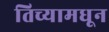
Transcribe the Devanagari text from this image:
तिच्यामधून